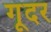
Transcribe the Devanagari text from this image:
गूदर